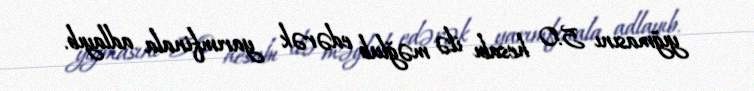
yığmasını 5:0 hesabı ilə məğlub edərək yarımfinala adlayıb.